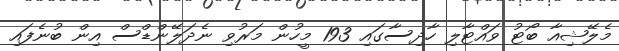
މެލޭޝިއާ ބޯޓު ވައްޓާލި ހާދިސާގައި 193 މީހުން މަރުވި ނެދަލޭންޑްސް އިން ބުނެފައި